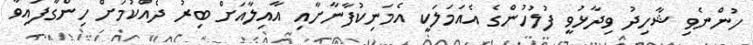
ހުންނެވި ޝާހިދު ވިދާޅުވީ ފުލުހުންގެ އެއަމަލަކީ އެމަނިކުފާނާށާއި އާއިލާއަށް ބިރު ދެއްކުމަށް ހިންގާފައިވާ